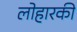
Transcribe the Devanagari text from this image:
लोहारकी